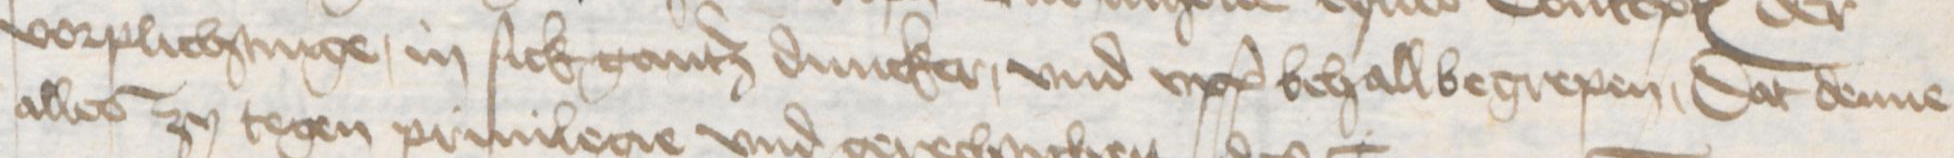
Transcription: vorplichtinge, in sick gantz duncker, vnd vpp behall begrepen, Dat denne